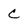
Character: c